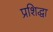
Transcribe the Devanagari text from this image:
प्रशिद्धा